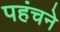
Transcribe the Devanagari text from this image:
पहंचने